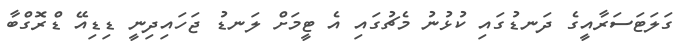
ގަލަޓަސަރާއީގެ ދަނޑުގައި ކުޅުނު މެޗުގައި އެ ޓީމަށް ލަނޑު ޖަހައިދިނީ ޑިޑިއޭ ޑްރޮގްބާ